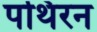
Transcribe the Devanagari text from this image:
पथिरन